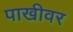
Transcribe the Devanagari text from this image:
पाखीवर